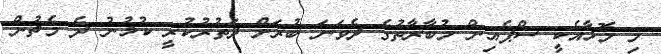
މި މޮޅާއެކީ ސްޕެއިން މުބާރާތުގެ ދެވަނަ ބުރަށް ދަތުރުކުރީ ކުޅުނު ދެ މެޗުން